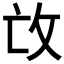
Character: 𢻬